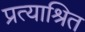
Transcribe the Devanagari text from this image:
प्रत्याश्रित